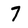
Character: 7